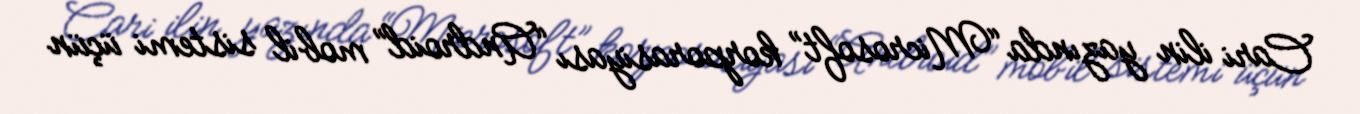
Cari ilin yazında “Microsoft” korporasiyası “Android” mobil sistemi üçün